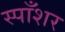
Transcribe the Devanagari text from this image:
स्पाँशर